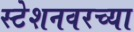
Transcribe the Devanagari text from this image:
स्टेशनवरच्या